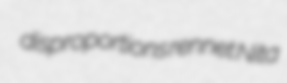
disproportions rennet Nita